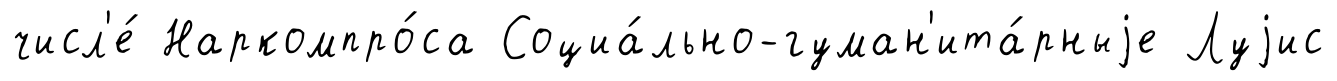
числ'е́ Наркомпро́са Социа́льно-гуман'ита́рныjе Луjис